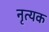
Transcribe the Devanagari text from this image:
नृत्यक